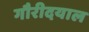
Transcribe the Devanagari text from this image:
गौरीदयाल